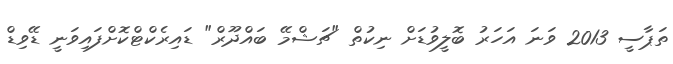
ތަޕާސީ 2013 ވަނަ އަހަރު ބޮލީވުޑަށް ނިކުތް "ޗަޝްމޭ ބައްދޫރް" ޑައިރެކްޓްކޮށްފައިވަނީ ޑޭވިޑް